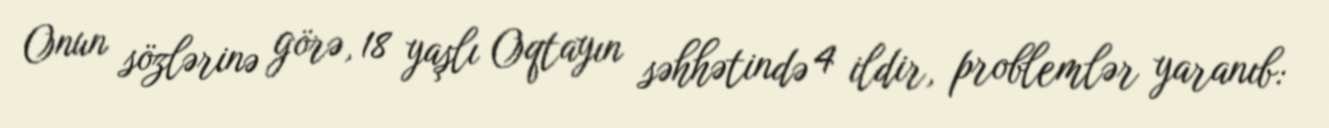
Onun sözlərinə görə, 18 yaşlı Oqtayın səhhətində 4 ildir, problemlər yaranıb: